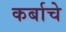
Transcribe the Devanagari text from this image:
कर्बाचे